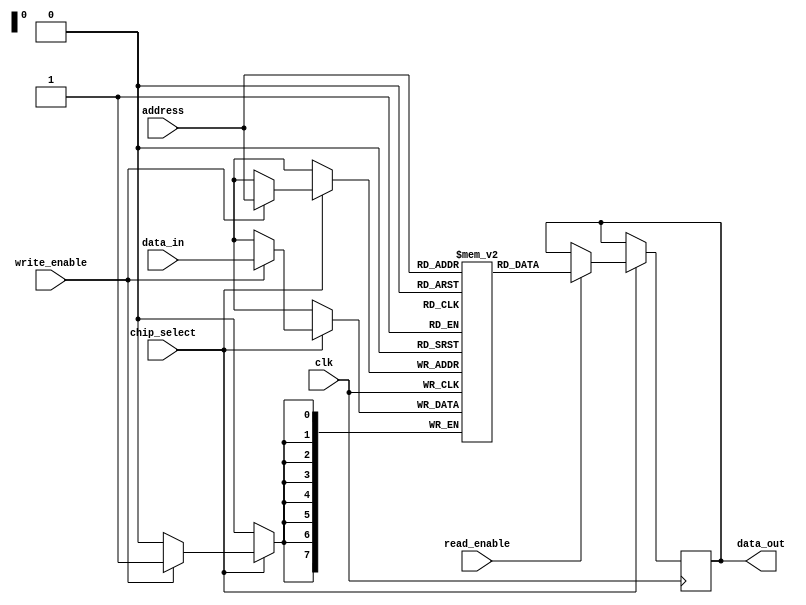
module mram_io_block #(
    parameter DATA_WIDTH = 8,   // Width of data bus
    parameter ADDR_WIDTH = 8    // Width of address bus
)(
    input wire clk,                     // Clock signal
    input wire chip_select,             // Chip select signal
    input wire read_enable,             // Read enable signal
    input wire write_enable,            // Write enable signal
    input wire [ADDR_WIDTH-1:0] address,// Address bus
    input wire [DATA_WIDTH-1:0] data_in,// Input data bus
    output reg [DATA_WIDTH-1:0] data_out // Output data bus
);

    // Memory array declaration
    reg [DATA_WIDTH-1:0] mram_memory [(2**ADDR_WIDTH)-1:0];

    // Internal signal for data latch
    reg [DATA_WIDTH-1:0] data_latch;

    // Control Logic
    always @(posedge clk) begin
        if (chip_select) begin
            if (write_enable) begin
                // Write operation
                mram_memory[address] <= data_in; // Write data to MRAM
            end
            if (read_enable) begin
                // Read operation
                data_out <= mram_memory[address]; // Read data from MRAM
            end
        end
    end

    // Optional: Power management and error detection can be added here

endmodule